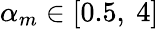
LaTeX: \alpha_{m}\in[0.5,\ 4]